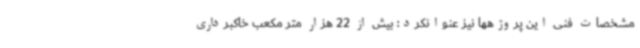
مشخصات فنی این پروژهها نیز عنوانکرد: بیش از 22 هزار متر مکعب خاکبرداری